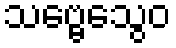
သဗ္ဗေသွေဝ